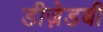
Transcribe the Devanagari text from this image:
डीज़ेडबी